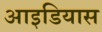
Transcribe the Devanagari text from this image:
आइडियास